Some observations on the morphology and mechanism of the parts in the orthorrapha - Number 58
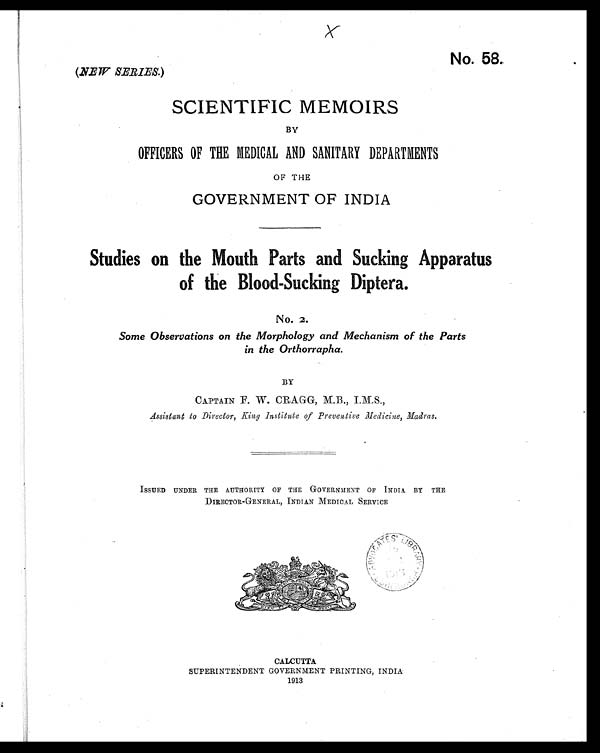
x
No. 58.
(NEW SERIES. )
SCIENTIFIC MEMOIRS
BY
OFFICERS OF THE MEDICAL AND SANITARY DEPARTMENTS
OF THE
GOVERNMENT OF INDIA
Studies on the Mouth Parts and Sucking Apparatus
of the Blood-Sucking Diptera.
No. 2.
Some Observations on the Morphology and Mechanism of the Parts
in the Orthorrapha.
BY
CAPTAIN F. W. CRAGG, M.B., I.M.S.,
Assistant to Director, King Institute of Preventive Medicine, Madras.
ISSUED UNDER THE AUTHORITY OF THE GOVERNMENT OF INDIA BY THE
DIRECTOR-GENERAL, INDIAN MEDICAL SERVICE
CALCUTTA
SUPERINTENDENT GOVERNMENT PRINTING, INDIA
1913